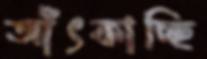
আঁৎকাচ্ছি